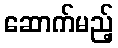
ဆောက်မည့်